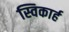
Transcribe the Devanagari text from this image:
स्विकार्ह